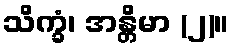
သိက္ခံ၊ အန္တိမာ (၂)။